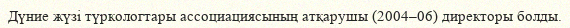
Дүние жүзі түркологтары ассоциациясының атқарушы (2004–06) директоры болды.